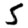
Digit: 5